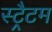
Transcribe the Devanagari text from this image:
स्ट्रैटम